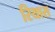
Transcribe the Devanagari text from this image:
रियास